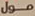
مول